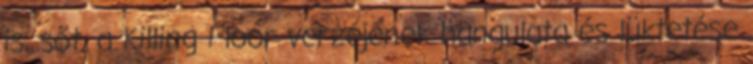
is, sőt, a Killing Floor verzéjének hangulata és lüktetése